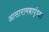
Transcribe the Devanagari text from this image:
आसारामबापूंच्या